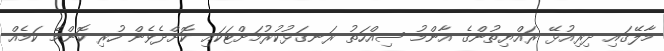
މާލޭގައި ދިރިއުޅޭ ރައްޔިތުންގެ އާންމު ސިއްހަތު ރަނގަޅުކުރުމަށްޓަކައި ކޮށްދެވެން ހުރި ކޮންމެ ކަމެއް